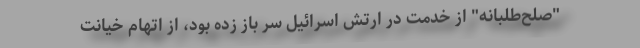
"صلح‌طلبانه" از خدمت در ارتش اسرائیل سر باز زده بود، از اتهام خیانت